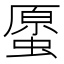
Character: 𧏐